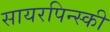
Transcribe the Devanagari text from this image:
सायरपिन्स्की